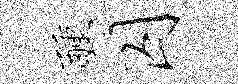
醺囚